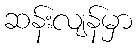
ဆန်းလျန်မှာ